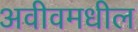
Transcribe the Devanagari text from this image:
अवीवमधील